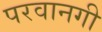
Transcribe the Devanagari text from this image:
परवानगी